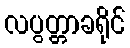
လပွတ္တာခရိုင်